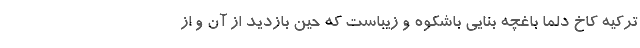
ترکیه کاخ دلما باغچه بنایی باشکوه و زیباست که حین بازدید از آن و از